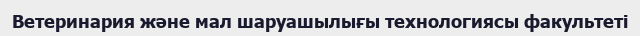
Ветеринария және мал шаруашылығы технологиясы факультеті